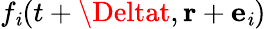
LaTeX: f_{\mathit{i}}(t+\Deltat,\mathbf{{r}}+{\mathbf{e}}_{\mathit{i}})